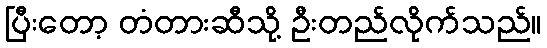
ပြီးတော့ တံတားဆီသို့ ဦးတည်လိုက်သည်။